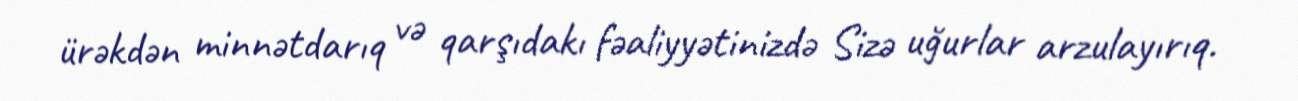
ürəkdən minnətdarıq və qarşıdakı fəaliyyətinizdə Sizə uğurlar arzulayırıq.